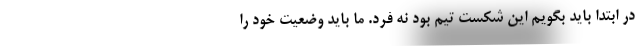
در ابتدا باید بگویم این شکست تیم بود نه فرد. ما باید وضعیت خود را